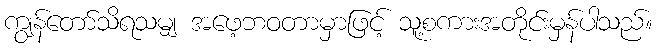
ကျွန်တော်သိရသမျှ အဖေ့ဘဝတာမှာဖြင့် သူ့စကားအတိုင်းမှန်ပါသည်။